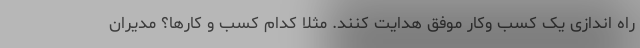
راه اندازی یک کسب وکار موفق هدایت کنند. مثلا کدام کسب و کارها؟ مدیران